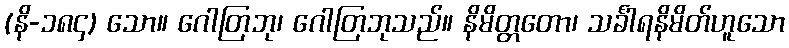
(နိ-၁၈၄) သော။ ဂေါတြဘု၊ ဂေါတြဘုသည်။ နိမိတ္တတော၊ သင်္ခါရနိမိတ်ဟူသော